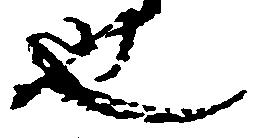
也